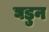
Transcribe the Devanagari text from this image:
घडुन